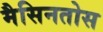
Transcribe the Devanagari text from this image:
मैसिनतोस